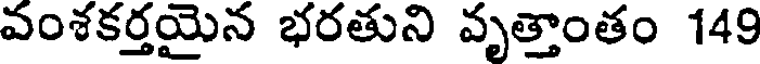
వంశకర్తయైన భరతుని వృత్తాంతం 149